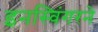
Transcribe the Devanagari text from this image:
इनस्विंगरने